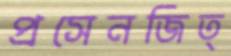
প্রসেনজিত্